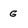
Character: G